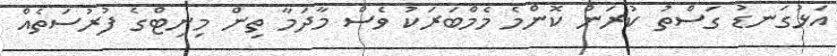
އަޅުގަނޑު ގަސްތު ކުރަން ކޮންމެ މެމްބަރަކު ވެސް މާދަމާ ތިން މިނިޓްގެ ފުރުސަތެއް